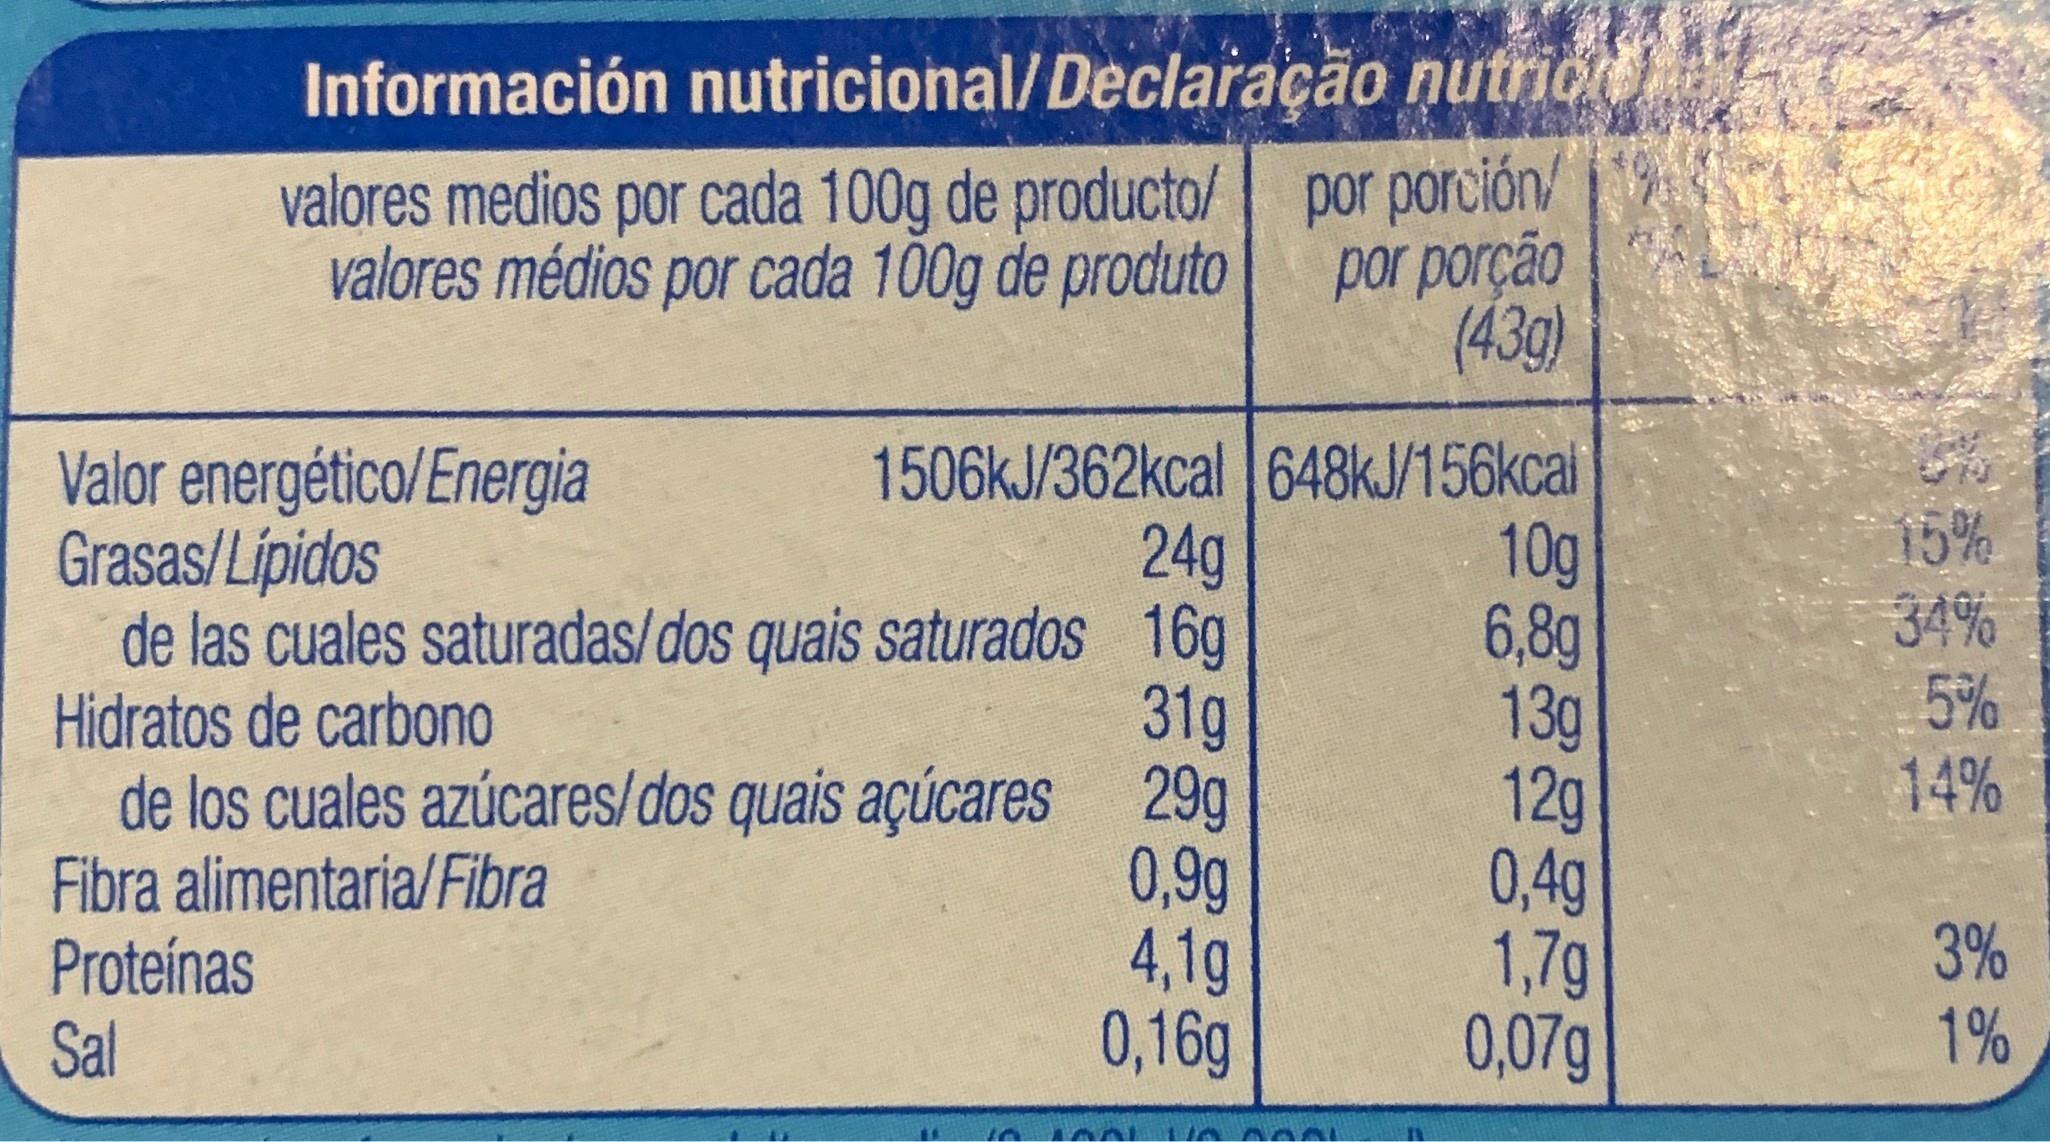
Información nutricional/Declaração nutrio
valores medios por cada 100g de producto/ por porción/ por porção (43g)
valores médios por cada 100g de produto
1506kJ/362kcal 648KJ/156kcai 10g 6,8g 13g 12g 0,4g 1,7g 0,07g
Valor energético/Energia Grasas/Lipidos
15% 34% 5%
24g de las cuales saturadas/dos quais saturados 16g 31g de los cuales azúcares/dos quais açúcares 29g 0,9g 4,1g 0,16g
Hidratos de carbono
14%
Fibra alimentaria/Fibra Proteínas Sal
3% 1%